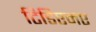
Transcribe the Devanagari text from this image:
टिडिएमए